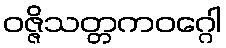
ဝဇ္ဇိသတ္တကဝဂ္ဂေါ